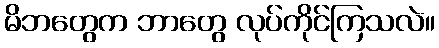
မိဘတွေက ဘာတွေ လုပ်ကိုင်ကြသလဲ။